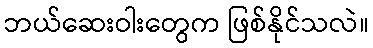
ဘယ်ဆေးဝါးတွေက ဖြစ်နိုင်သလဲ။